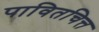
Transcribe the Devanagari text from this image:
पावितचित्त